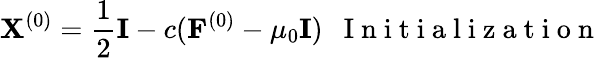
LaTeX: {\mathbf X}^{(0)}=\frac{1}{2}{\mathbf I}-c({\mathbf F}^{(0)}-\mu_{0}{\mathbf I})~~\mathrm{~I~n~i~t~i~a~l~i~z~a~t~i~o~n~}